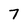
Character: 7